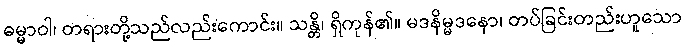
ဓမ္မာဝါ၊ တရားတို့သည်လည်းကောင်း။ သန္တိ၊ ရှိကုန်၏။ မဒနိမ္မဒနော၊ တပ်ခြင်းတည်းဟူသော